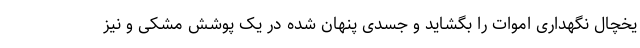
یخچال نگهداری اموات را بگشاید و جسدی پنهان شده در یک پوشش مشکی و نیز